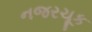
નજરચૂક